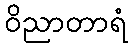
ဝိညာတာရံ